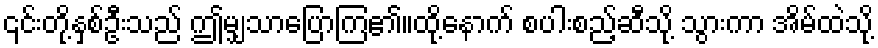
၎င်းတို့နှစ်ဦးသည် ဤမျှသာပြောကြ၏။ထို့နောက် စပါးစည့်ဆီသို့ သွားကာ အိမ်ထဲသို့